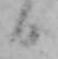
日